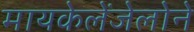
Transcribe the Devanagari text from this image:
मायकेलेंजेलोने